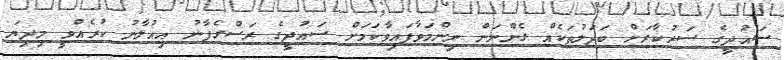
ސައުދީގެ ސަރުކާރަށް ބަދަލުތަކެއް ގެންނަން ނިންމަވާފައިވާކަމަށް ސައުދީގެ ރަސްގެފާނު އިއުލާނު ކުރެއްވީ މިދިޔަ